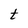
Character: t